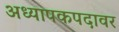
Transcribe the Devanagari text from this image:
अध्यापकपदावर